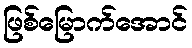
ဖြစ်မြောက်အောင်